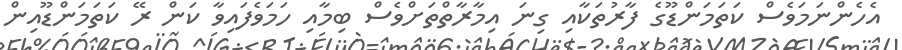
އެހެންނަމަވެސް ކަތަމަންޑޫގެ ފާރުތަކާއި ގިނަ އިމާރާތްތަށްވެސް ބިމާއި ހަމަވެފައިވާ ކަން ރޭ ކަތަމަންޑޫއިން